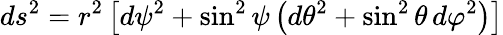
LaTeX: ds^{2}=r^{2}\left[d\psi^{2}+\sin^{2}\psi\left(d\theta^{2}+\sin^{2}\theta\, d\varphi^{2}\right)\right]